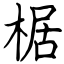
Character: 椐